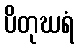
ပိတုဃရံ